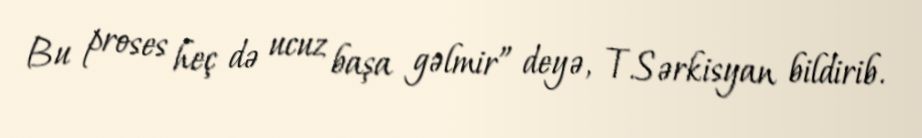
Bu proses heç də ucuz başa gəlmir” deyə, T.Sərkisyan bildirib.